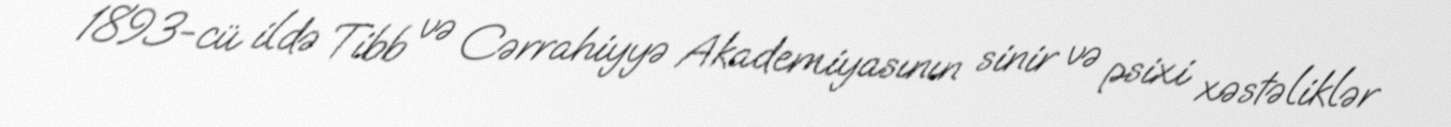
1893-cü ildə Tibb və Cərrahiyyə Akademiyasının sinir və psixi xəstəliklər